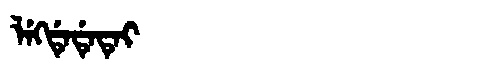
Manchu: ᠯᡝᡴᡩᡝᡩᡝᡨᡝᡳ
Romanization: LEKDEDETEI